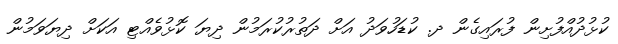
ކުޅުދުއްފުށިން ފުރައިގެން ދ. ކުޑަހުވަދު އަށް ދަތުރުކުރަމުން ދިޔަ ކޮޅުވެއްޓި އަކަށް ދިޔަވަމުން